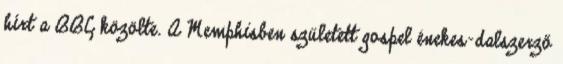
hírt a BBC közölte. A Memphisben született gospel énekes-dalszerző